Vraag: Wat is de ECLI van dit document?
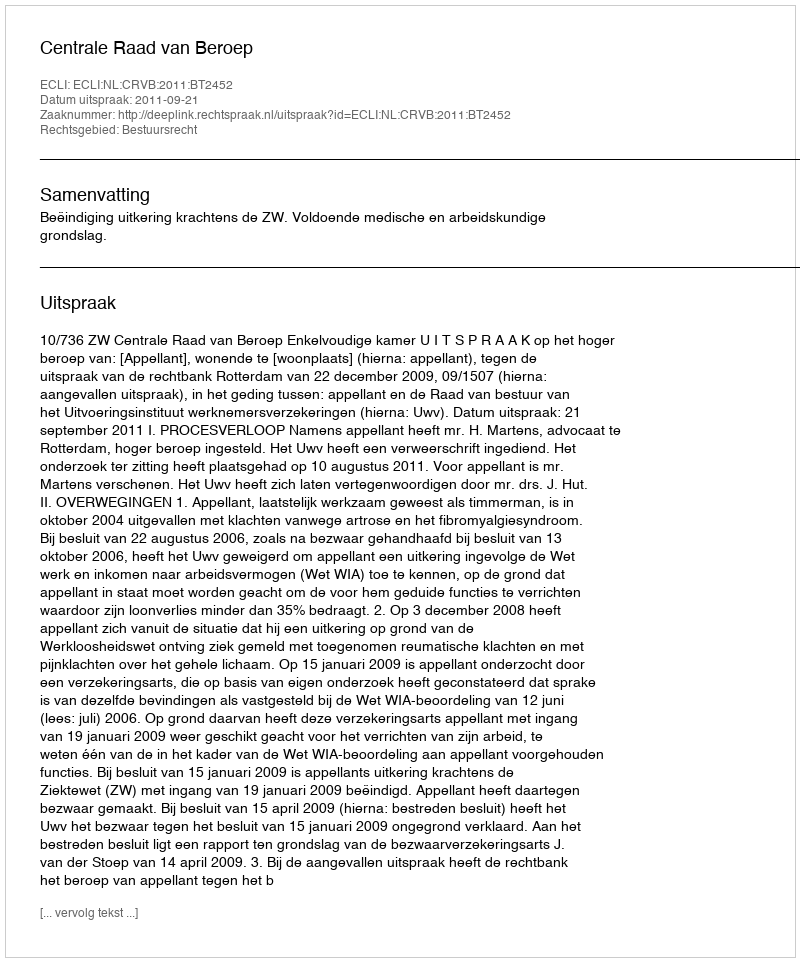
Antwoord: ECLI:NL:CRVB:2011:BT2452